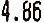
4.86